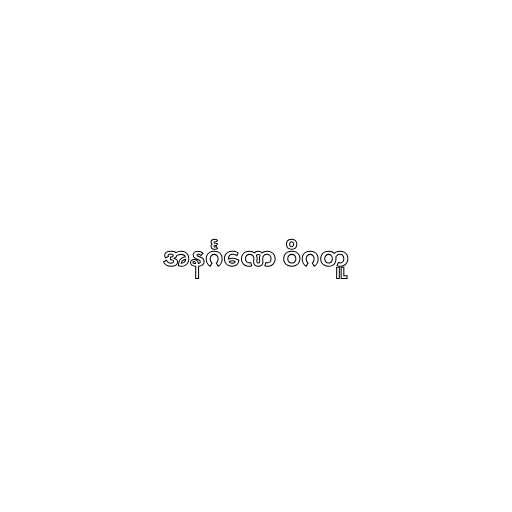
အနင်္ဂဏေ ဝိဂတူ